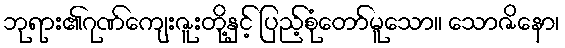
ဘုရား၏ဂုဏ်ကျေးဇူးတို့နှင့် ပြည့်စုံတော်မူသော။ သောဇိနော၊